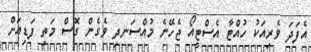
އެފަދަ ވެރިއަކު ހުއްޓާ އެސްޓީއޯ ޖެހޭނެ މުއްސަނދި ވެގެން ގޮސް މަތި ފަޑިއަށް